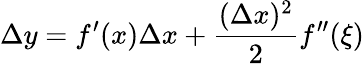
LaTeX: \Delta y=f^{\prime}(x)\Delta x+{\frac{(\Delta x)^{2}}{2}}f^{\prime\prime}(\xi)